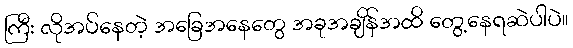
ကြီး လိုအပ်နေတဲ့ အခြေအနေတွေ အခုအချိန်အထိ တွေ့နေရဆဲပါပဲ။